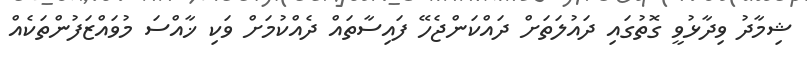
ޝިމާދު ވިދާޅުވީ ގޮތުގައި ދައުލަތަށް ދައްކަންޖެހޭ ފައިސާތައް ދެއްކުމަށް ވަކި ޚާއްސަ މުވައްޒަފުންތަކެއް